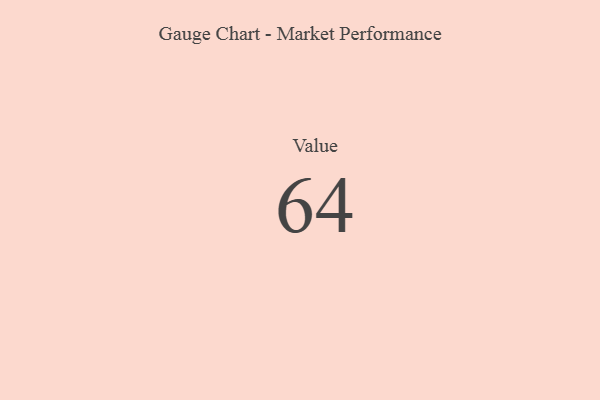
{"axis": {"x": "Metric", "y": "Value"}, "legend": [""], "data": [{"x": "Value", "y": 64, "type": ""}]}